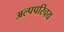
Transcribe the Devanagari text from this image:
अल्पपरिचय